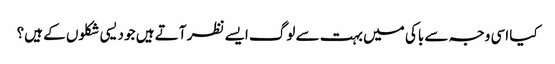
کیا اسی وجہ سے باکی میں بہت سے لوگ ایسے نظر آتے ہیں جو دیسی شکلوں کے ہیں؟